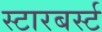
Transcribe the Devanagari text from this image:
स्टारबर्स्ट